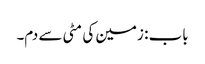
باب : زمین کی مٹی سے دم۔